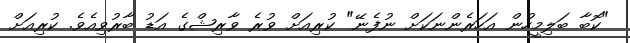
"ކޮބާ ބަލިމީހުން އަހަރެންނަކަށް ނުފެނޭ" ކުރިއަށް ވުރެ ވާރިޝްގެ އަޑު ބާރުވިއެވެ. ކުރިއަށް